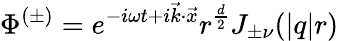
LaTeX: \Phi^{(\pm)}=e^{-i\omega t+i\vec{k}\cdot\vec{x}}r^{\frac{d}{2}}J_{\pm\nu}(|q|r)